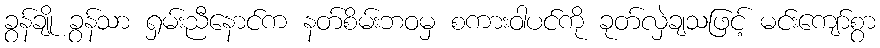
ခွန်ချို ခွန်သာ ရှမ်းညီနောင်က နတ်စိမ်းဘဝမှ စကားဝါပင်ကို ခုတ်လှဲချသဖြင့် မင်းကျော်စွာ